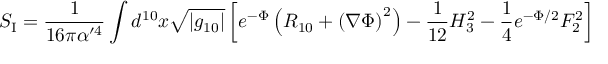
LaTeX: S _ { \mathrm { I } } = \frac { 1 } { 1 6 \pi \alpha ^ { \prime 4 } } \int d ^ { 1 0 } x \sqrt { | g _ { 1 0 } | } \left[ e ^ { - \Phi } \left( R _ { 1 0 } + \left( \nabla \Phi \right) ^ { 2 } \right) - \frac { 1 } { 1 2 } H _ { 3 } ^ { 2 } - \frac { 1 } { 4 } e ^ { - \Phi / 2 } F _ { 2 } ^ { 2 } \right]